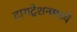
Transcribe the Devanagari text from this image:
टायट्रेशनमध्ये